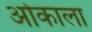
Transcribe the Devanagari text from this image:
ओकाला